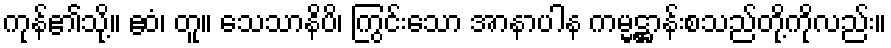
ကုန်၏သို့။ ဧဝံ၊ တူ။ သေသာနိပိ၊ ကြွင်းသော အာနာပါန ကမ္မဋ္ဌာန်းစသည်တို့ကိုလည်း။